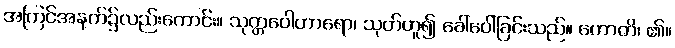
အကြင်အနက်၌လည်းကောင်း။ သုတ္တဝေါဟာရော၊ သုတ်ဟူ၍ ခေါ်ဝေါ်ခြင်းသည်။ ဟောတိ၊ ၏။